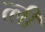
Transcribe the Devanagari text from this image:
त्ली